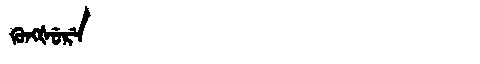
Manchu: ᡴᡠᠩᡧᡠᡵᡝ
Romanization: KUNGŠURE